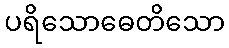
ပရိသောဓေတိသော